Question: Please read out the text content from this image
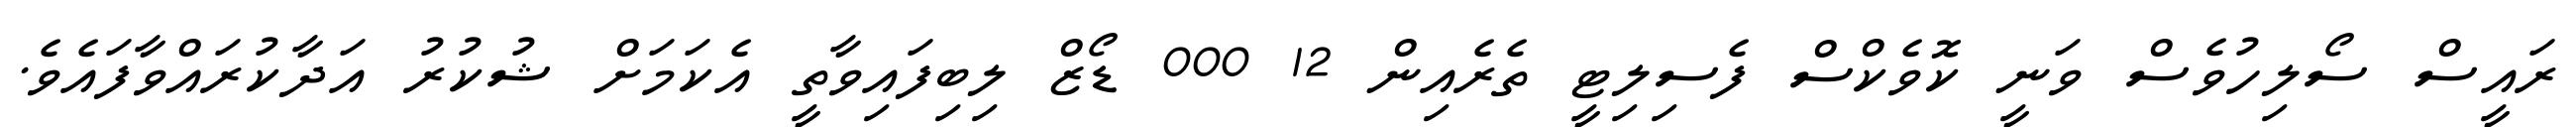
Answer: ރައީސް ސޯލިހުވެސް ވަނީ ކޮވެކްސް ފެސިލިޓީ ތެރެއިން 12 000 ޑޯޒް ލިބިފައިވާތީ އެކަމަށް ޝުކުރު އަދާކުރައްވާފައެވެ.